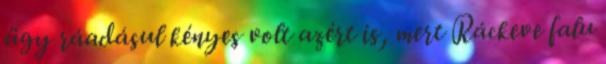
ügy ráadásul kényes volt azért is, mert Ráckeve falu